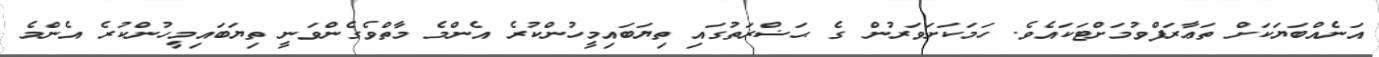
އަނެއްބަޔަކަށް ތަޢާރަފްވުމަށްޓަކައެވެ. ހަމަކަށަވަރުން ގެ ޙަޟްރަތުގައި ތިޔަބައިމީހުންކުރެ އެންމެ މާތްވެގެންވަނީ ތިޔަބައިމީހުންކުރެ އެންމެ